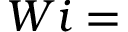
W i =